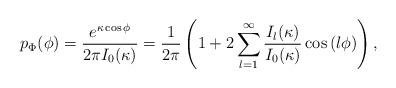
LaTeX: \begin{align*}p_\Phi(\phi)&=\frac{e^{\kappa\cos\phi}}{2\pi I_0(\kappa)}=\frac{1}{2\pi}\left(1+2\sum_{l=1}^{\infty}\frac{I_l(\kappa)}{I_0(\kappa)}\cos\left(l\phi\right)\right),\end{align*}